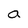
Character: a